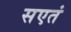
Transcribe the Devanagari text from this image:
सएतं